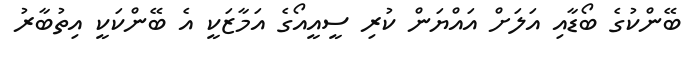
ބޭންކުގެ ބޯޑާއި އަލަށް އައްޔަން ކުރި ސީއީއޯގެ އަމާޒަކީ އެ ބޭންކަކީ އިތުބާރު